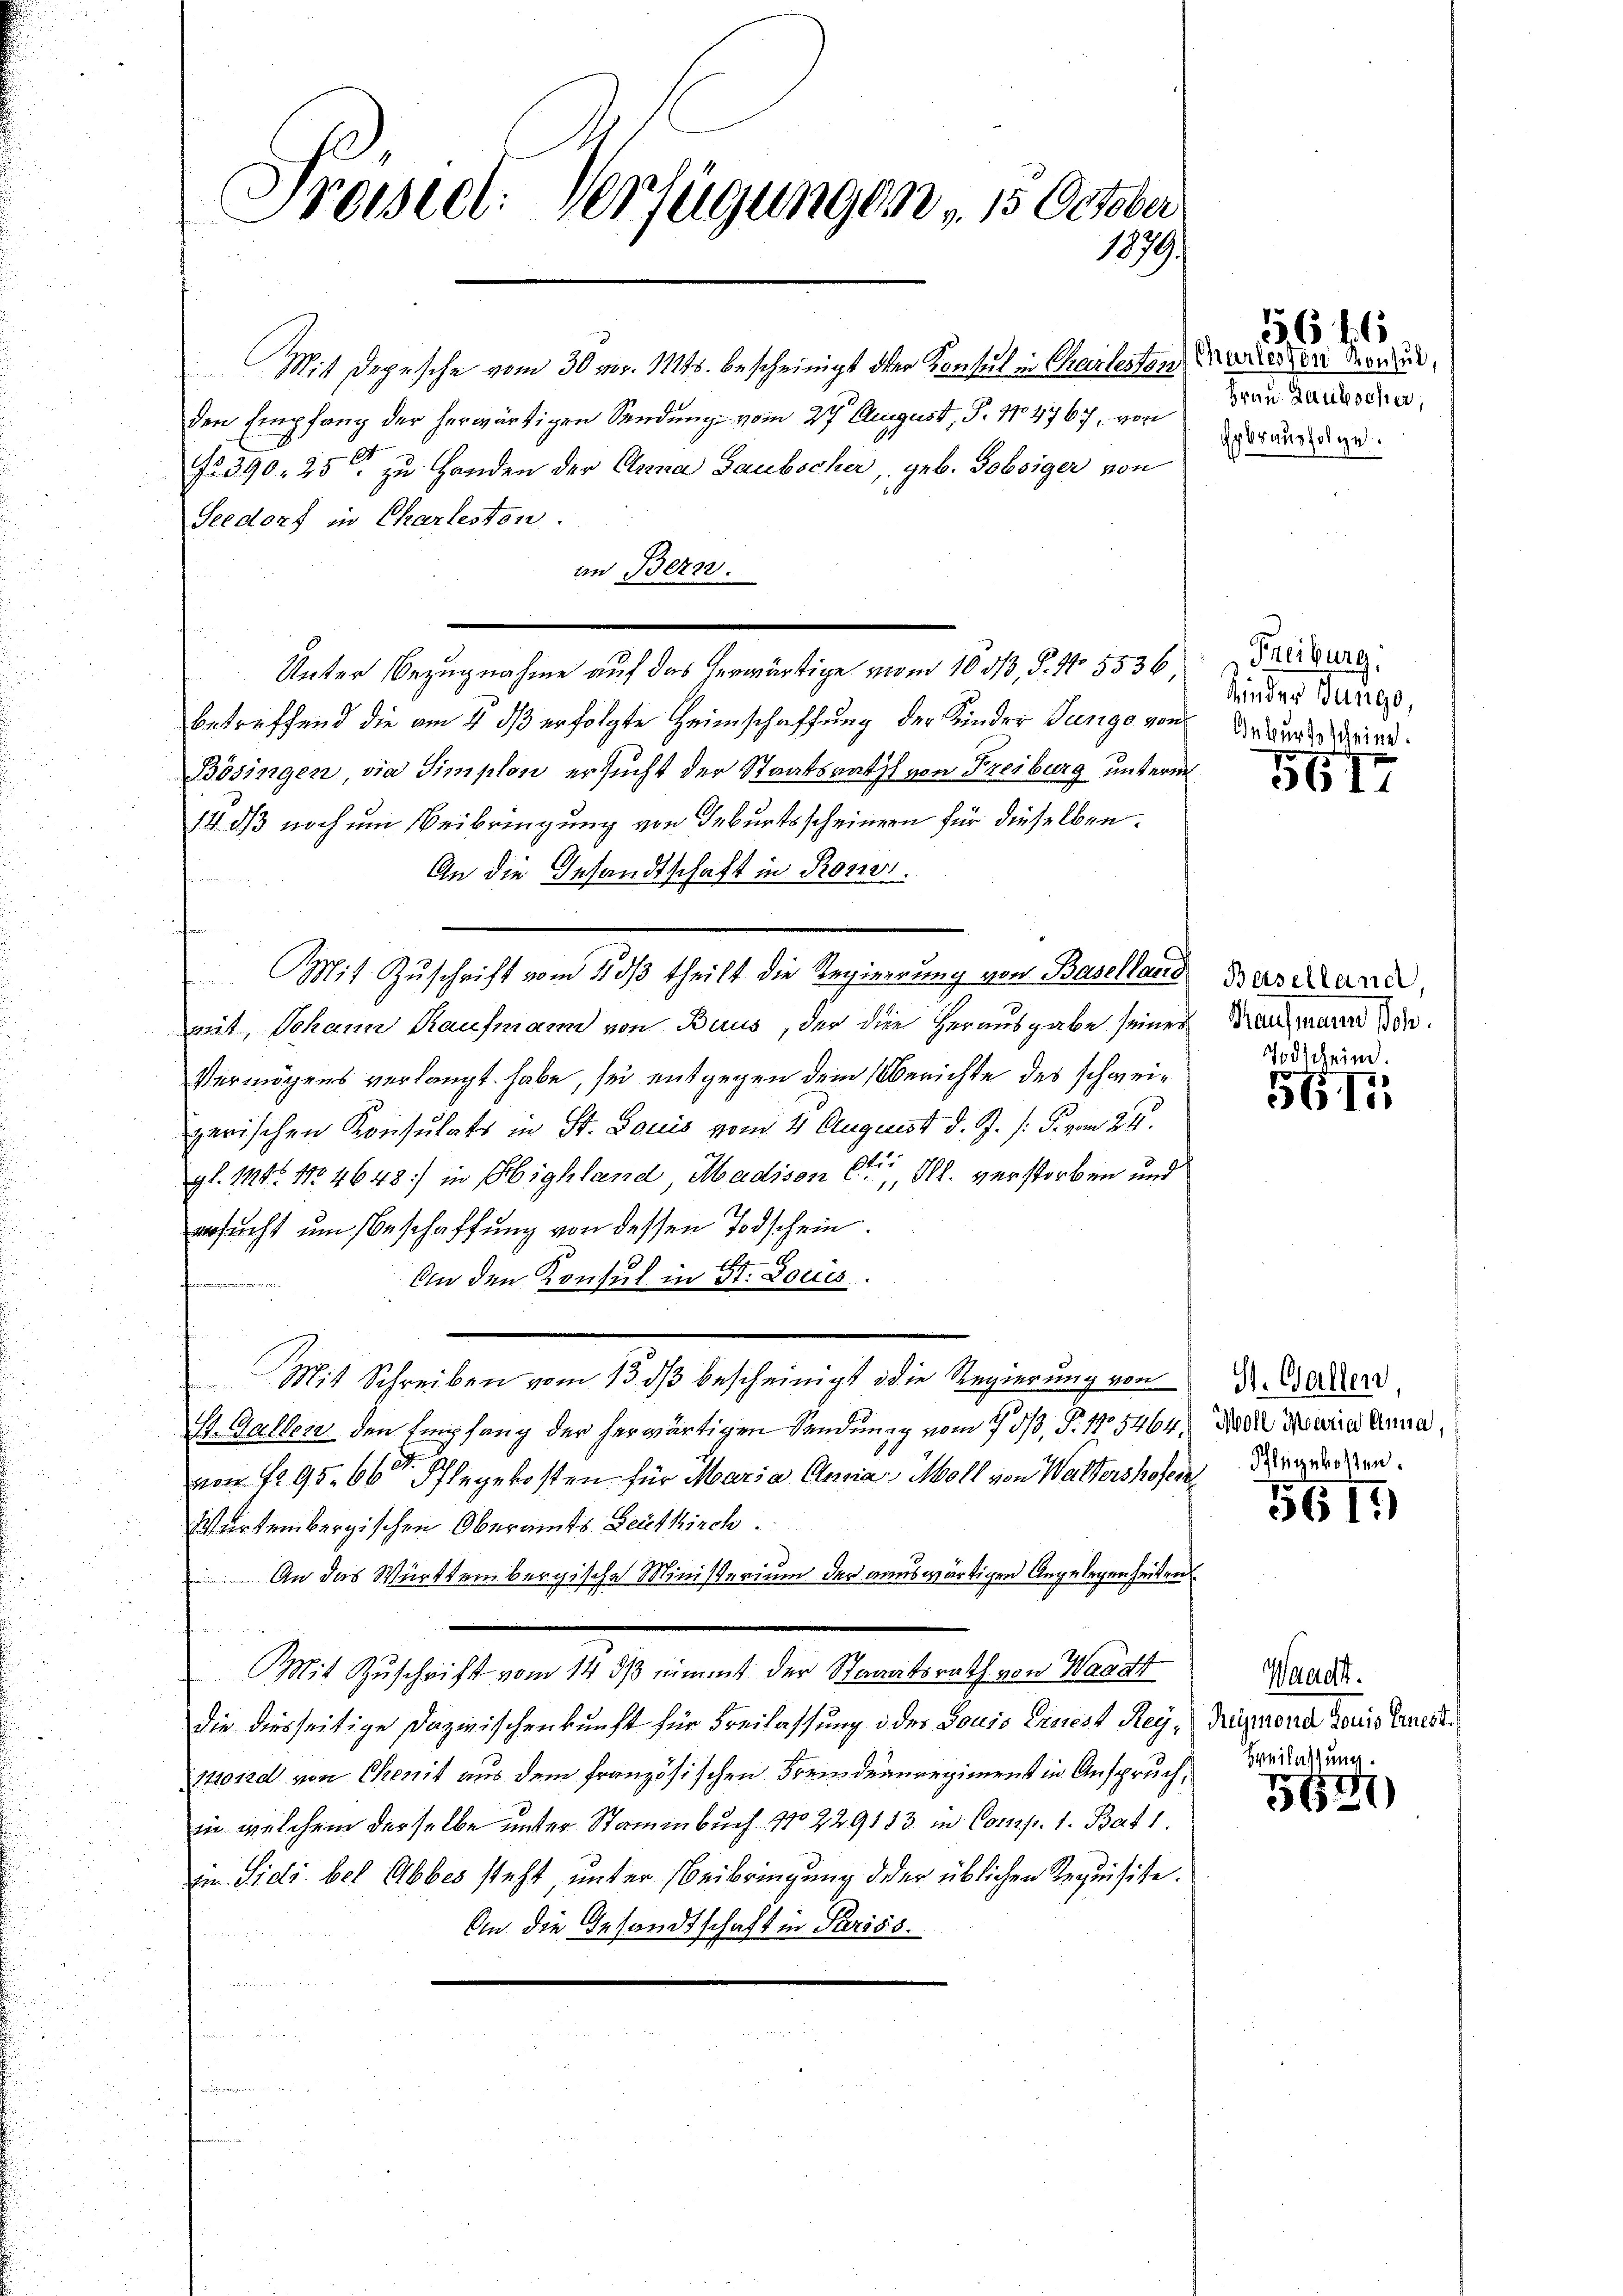
Prösiel. Verfügungen " 15 Octobe
1879.

Mit Depesche vom 30 Fr. 114. bescheinigt der Konsul in Chartestan
den Empfang der herwärtigen Sendung vom 2t August, S. 114767, von
No. 390. 25 zu Handen der Anna Gaubscher, geb. Tobsiger von
Seedorf in Charlesten.
an Bern.
betreffend die am 4. dß erfolgte Heimschaffung der Kinder Junge von Urkundige
Bösingen, die Simplon ersucht der Staatsraths von Freiburg unterm
14 dß noch um Beibringung von Geburtsscheinern für dieselben.
An die Gesandtschaft in Rone.
.
mit, Johann Kaufmann von Baus, der die Herausgabe seines Nachmann sin
Vermögens verlangt habe, sei entgegen dem Berichte des schweizerischen Konsulats in St. Louis vom 4 August d. J. /: F. vom 24.
gl. 114. No 4648) in Highland, Madison Ctr Kl. verstorben und
ersucht um Beschaffung von dessen Todschein.
1.
An den Konsul in St. Louis
Mit Schreiben vom 13. dβ bescheinigt die Regierung von Dr. Bader
St. Gallen den Empfang der herwärtigen Sendung vom 7. ds, S. 105464, der Maria Annavon 1295. 66 Pflegekosten für Maria Anna, Moll von Waltershofen derartier
Wartembergischen Oberamts Zeitkirch.
An das Württembergische Ministerium der auswärtigen Angelegenheiten
Mit Zuschrift vom 14. dβ nimmt der Staaatsrath von Waadt
die diesseitige Dazwischenkunft für Freilassung d des Louis Ernest Rey¬
710rad von Chenit aus dem französischen Fremdenregiment in Anspruch,
in welchem derselbe unter Stammbuch No 229183 in Comp. 1. Bat1.
i Sidi bel Abbes steht, unter Beibringung der üblichen Requisite.
An die Gesandtschaft in Pariss.
d

Mit Zuschrift vom 11 dβ theilt die Regierung von Basellaris

Unter Bezugnahme auf das herwärtige vom 10 313, S. No. 5536, Freiburg

Charleiten Konsul,
Frau Laubscher,
rbsausfolge.

3616

Kinder Dungo,

5617

Baselland,

odscheine
561

5617

Waadt.
Reymond Louis Ernest.
Breilassung.

51547)